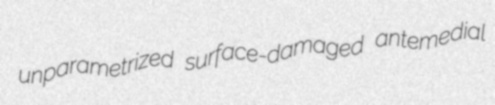
unparametrized surface-damaged antemedial